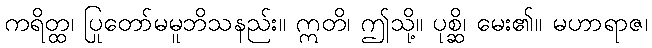
ကရိတ္ထ၊ ပြုတော်မမူဘိသနည်း။ ဣတိ၊ ဤသို့။ ပုစ္ဆိ၊ မေး၏။ မဟာရာဇ၊